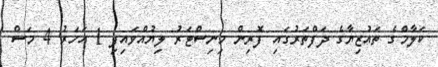
ކަލާމްގެ ތައުޒިޔާގެ ދަފްތަރުގައި ފޮރިން މިނިސްޓަރު ލިޔުއްވައިފި 1 އަހަރު 4 މަސް